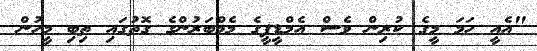
"އެއީ ހަމަ މީގެ ކުރިން ވެސް އެމްޑީޕީގެ މެމްބަރުންގެ ގޮތުގައި ތިބި މީހުން